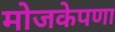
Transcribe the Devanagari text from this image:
मोजकेपणा